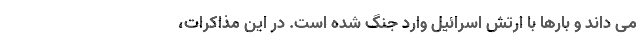
می داند و بارها با ارتش اسرائیل وارد جنگ شده است. در این مذاکرات،